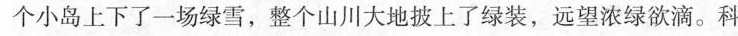
个小岛上下了一场绿雪，整个山川大地披上了绿装，远望浓绿欲滴。科